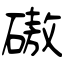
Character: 磝